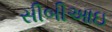
સીબીઆઇ